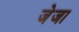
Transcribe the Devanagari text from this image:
जेजा